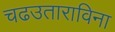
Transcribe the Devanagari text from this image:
चढउताराविना